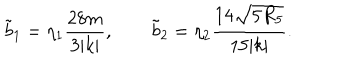
LaTeX: \tilde { b } _ { 1 } = \eta _ { 1 } { \frac { 2 8 m } { 3 | k | } } , \qquad \tilde { b } _ { 2 } = \eta _ { 2 } { \frac { 1 4 \sqrt { 5 R _ { 5 } } } { 1 5 | k | } } .